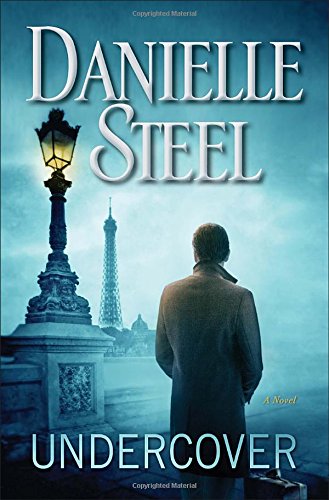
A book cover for Undercover: A Novel; Danielle Steel; Romance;